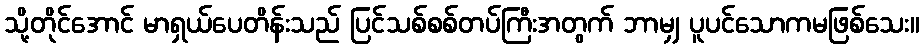
သို့တိုင်အောင် မာရှယ်ပေတိန်းသည် ပြင်သစ်စစ်တပ်ကြီးအတွက် ဘာမျှ ပူပင်သောကမဖြစ်သေး။